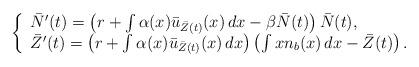
LaTeX: \begin{align*}\left\{\begin{array}{l}\bar N'(t)=\left(r+\int \alpha(x)\bar u_{\bar Z(t)}(x)\,dx-\beta \bar N(t)\right)\bar N(t),\\\bar Z'(t)=\left(r+\int \alpha(x)\bar u_{\bar Z(t)}(x)\,dx\right)\left(\int x n_b(x)\,dx-\bar Z(t)\right).\end{array}\right.\end{align*}